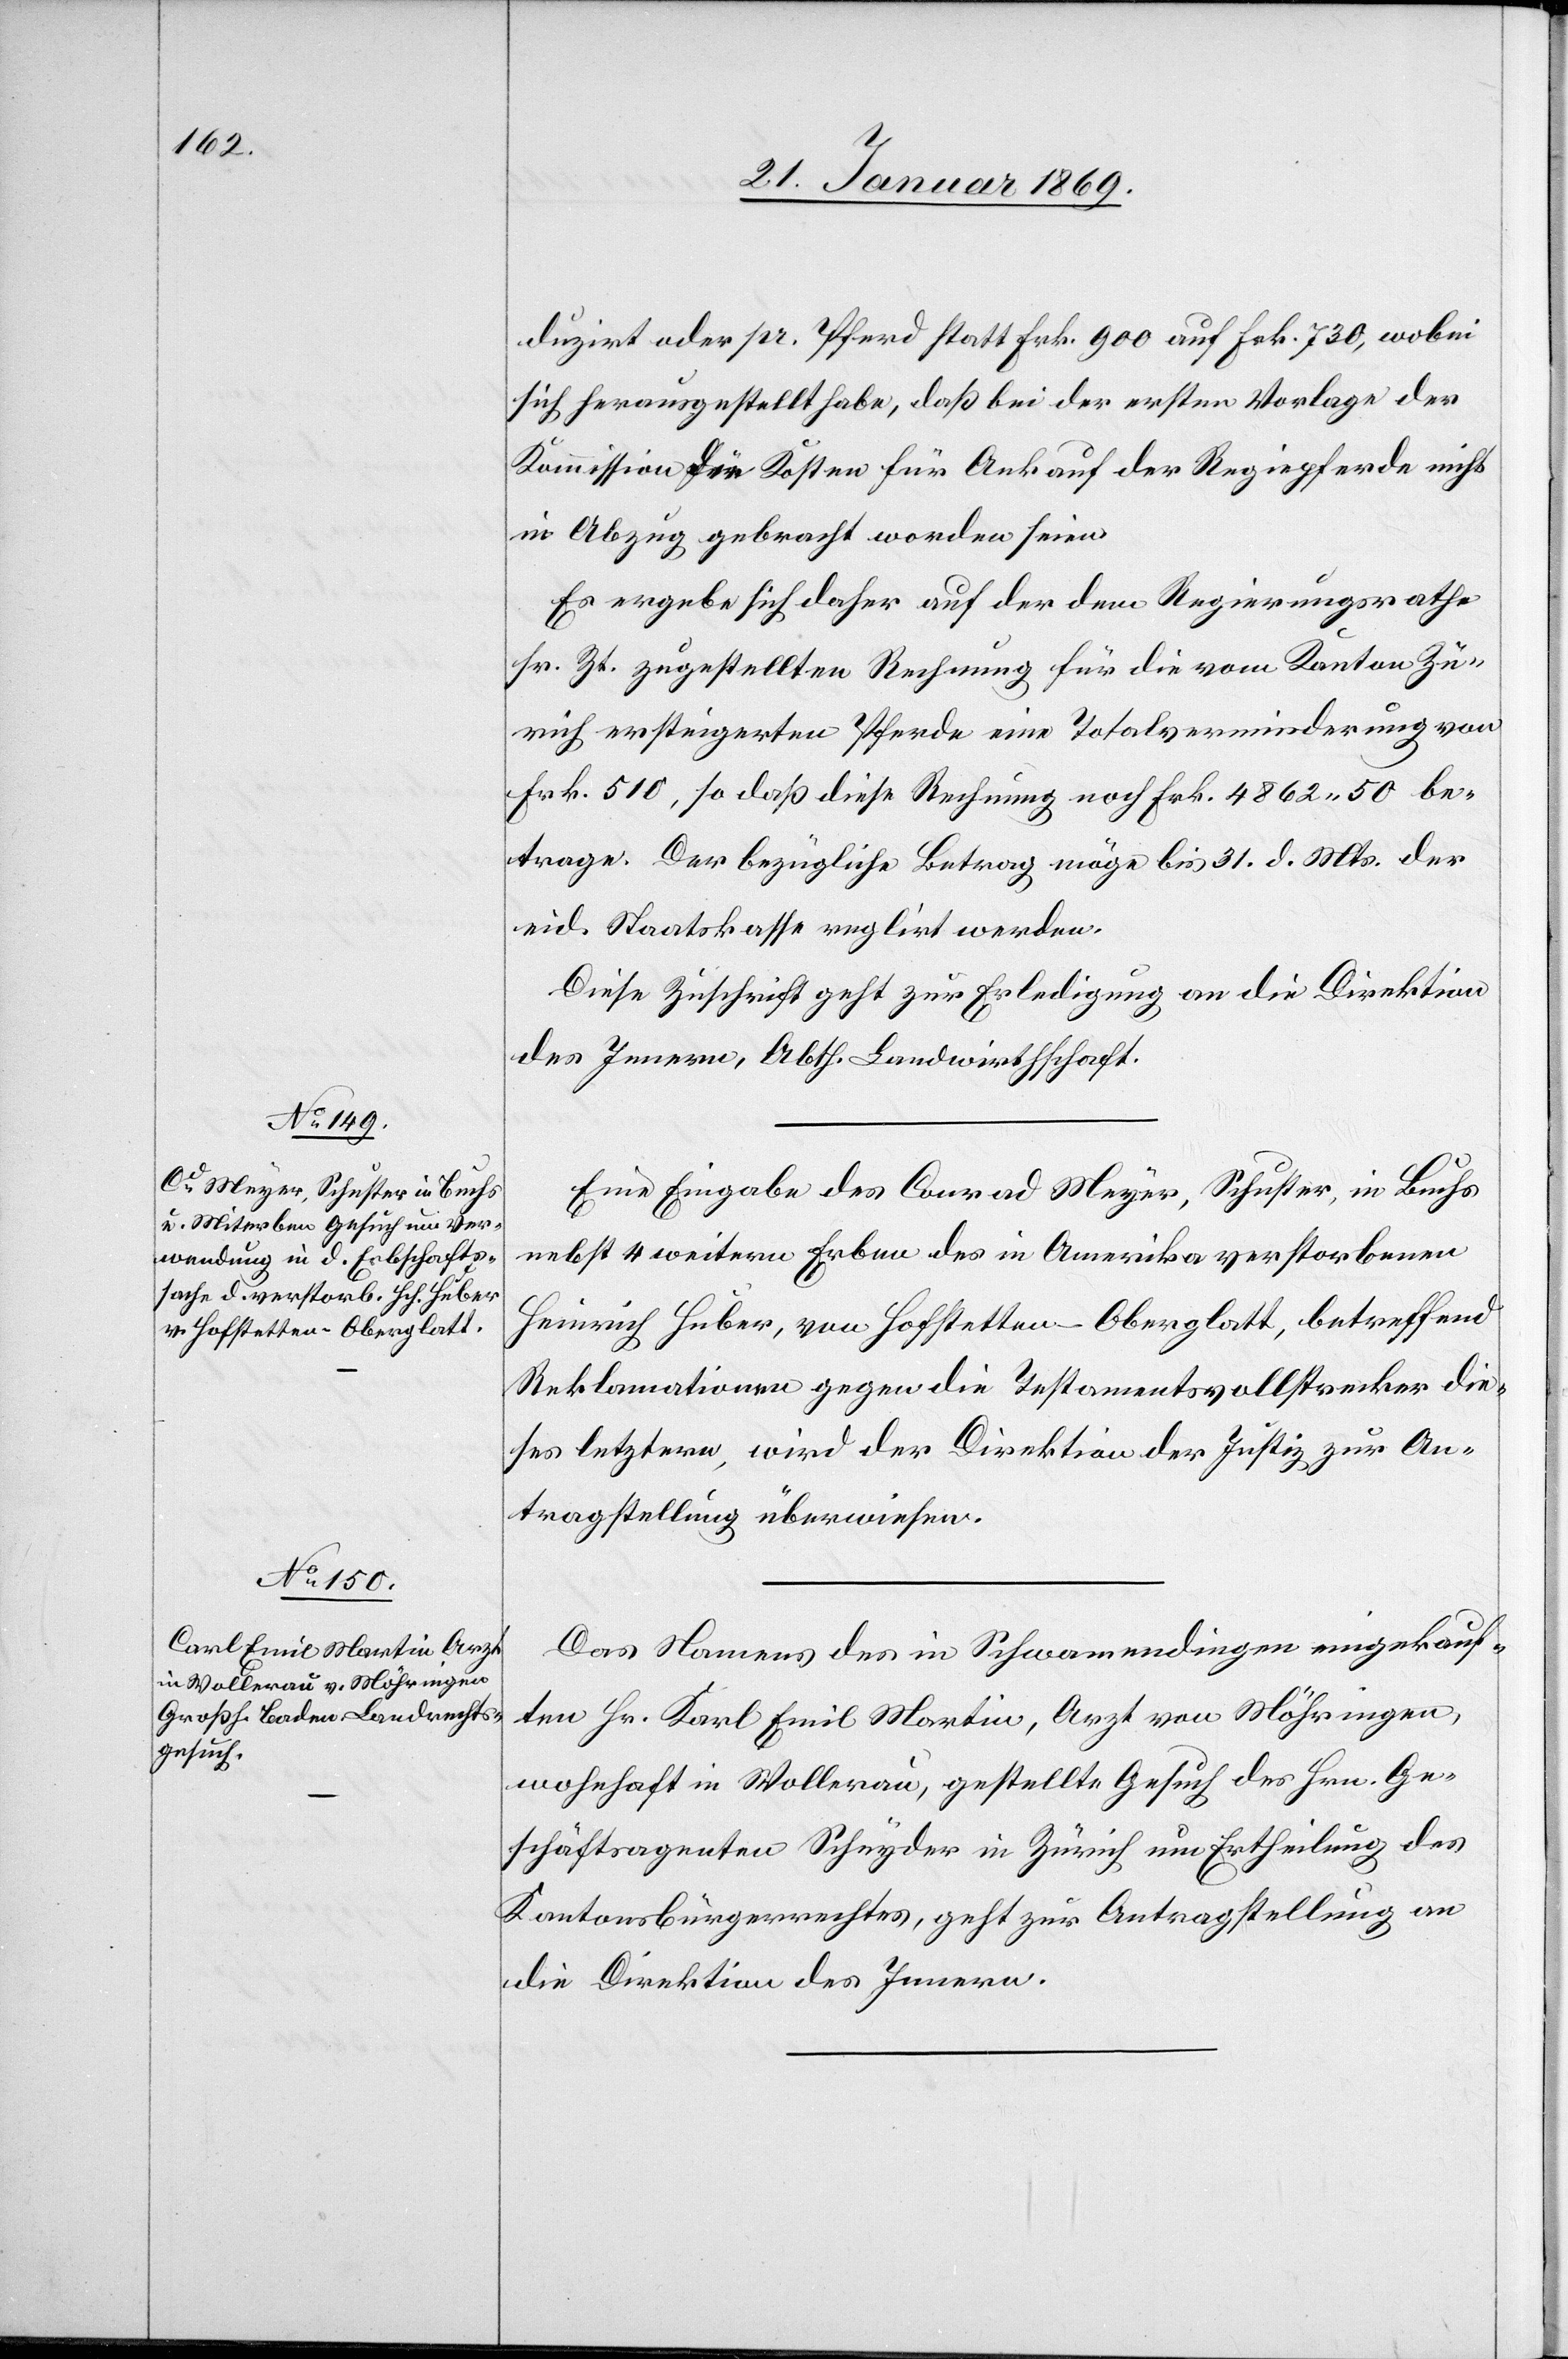
27. Januar 1869.]
duzirt oder pr. Pferd statt Frk. 900 auf Frk. 730, wobei
sich herausgestellt habe, daß bei der ersten Vorlage der
Kommission die Kosten für Ankauf der Regiepferde nicht
in Abzug gebracht worden seien.
Es ergebe sich daher auf der dem Regierungsrathe
sr. Zt. zugestellten Rechnung für die vom Kanton Zü¬
rich ersteigerten Pferde eine Totalverminderung von
Frk. 510, so daß diese Rechnung noch Frk. 4862 50 be¬
trage. Der bezügliche Betrag möge bis 31. d. Mts. der
eid. Staatskasse reglirt werden.
Diese Zuschrift geht zur Erledigung an die Direktion
des Innern, Abth. Landwirthschaft.
Eine Eingabe des Conrad Meyer, Schuster, in Buchs
nebst 4 weitern Erben des in Amerika verstorbenen
Heinrich Huber, von Hoftstetten - Oberglatt, betreffend
Reklamationen gegen die Testamentsvollstrecker die¬
ses letztern, wird der Direktion der Justiz zur An¬
tragstellung überwiesen.
Das Namens des in Schwamendingen eingekauf¬
ten Hr. Karl Emil Martin, Arzt von Möhrigen,
wohnhaft in Wollerau, gestellte Gesuch des Hrn. Ge¬
schäftsagenten Schnyder in Zürich um Ertheilung des
Kantonsbürgerrechtes, geht zur Antragstellung an
die Direktion des Innern.